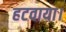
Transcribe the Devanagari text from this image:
हटवाया।